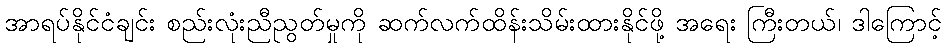
အာရပ်နိုင်ငံချင်း စည်းလုံးညီညွတ်မှုကို ဆက်လက်ထိန်းသိမ်းထားနိုင်ဖို့ အရေး ကြီးတယ်၊ ဒါကြောင့်